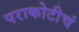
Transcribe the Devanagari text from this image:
पराकोटीचं